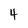
Character: 4